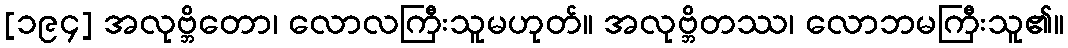
[၁၉၄] အလုဗ္ဘိတော၊ လောလကြီးသူမဟုတ်။ အလုဗ္ဘိတဿ၊ လောဘမကြီးသူ၏။